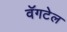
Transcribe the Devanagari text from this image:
वॅगटेल